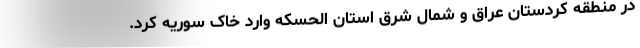
در منطقه کردستان عراق و شمال شرق استان الحسکه وارد خاک سوریه کرد.